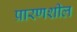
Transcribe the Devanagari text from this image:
प्रारणशील